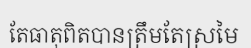
តែធាតុពិតបានត្រឹមតែស្រមៃ